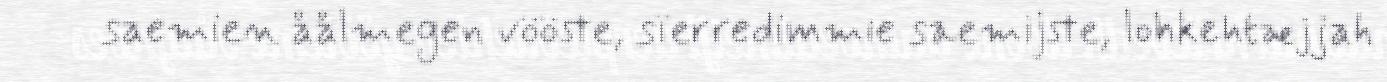
saemien åålmegen vööste, sïerredimmie saemijste, lohkehtæjjah